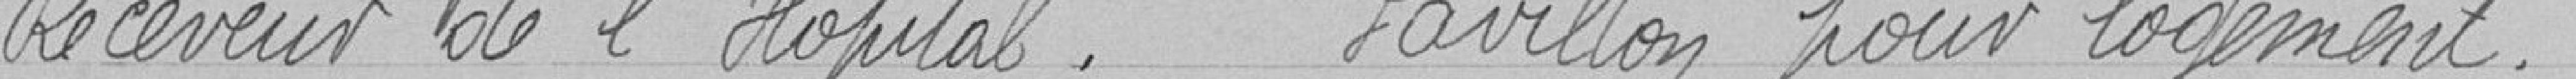
Receveur de l'hôpital... Pavillon pour logement